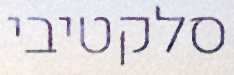
סלקטיבי